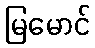
မြမောင်